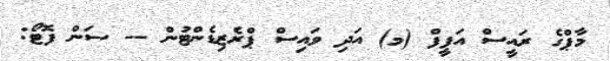
މާޕްގެ ރައީސް އަފީފް (މ) އަދި ވައިސް ޕްރެޒިޑެންޓުން -- ސަން ފޮޓޯ: